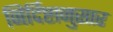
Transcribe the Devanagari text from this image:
निर्दिष्टानुसार